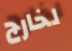
لخارج